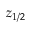
z _ { 1 / 2 }